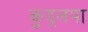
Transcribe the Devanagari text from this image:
कुदृलपा